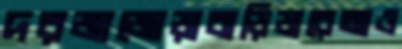
দরজাজোড়াবাড়িডারেআও